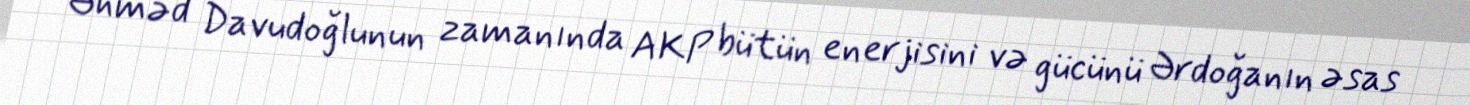
Əhməd Davudoğlunun zamanında AKP bütün enerjisini və gücünü Ərdoğanın əsas